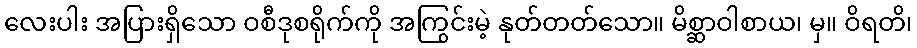
လေးပါး အပြားရှိသော ဝစီဒုစရိုက်ကို အကြွင်းမဲ့ နုတ်တတ်သော။ မိစ္ဆာဝါစာယ၊ မှ။ ဝိရတိ၊